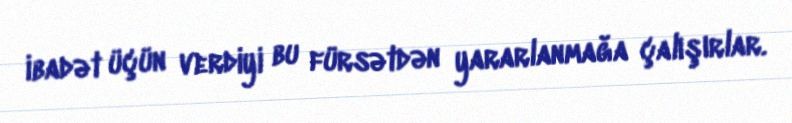
ibadət üçün verdiyi bu fürsətdən yararlanmağa çalışırlar.